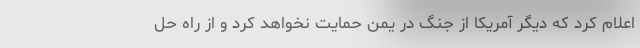
اعلام کرد که دیگر آمریکا از جنگ در یمن حمایت نخواهد کرد و از راه حل